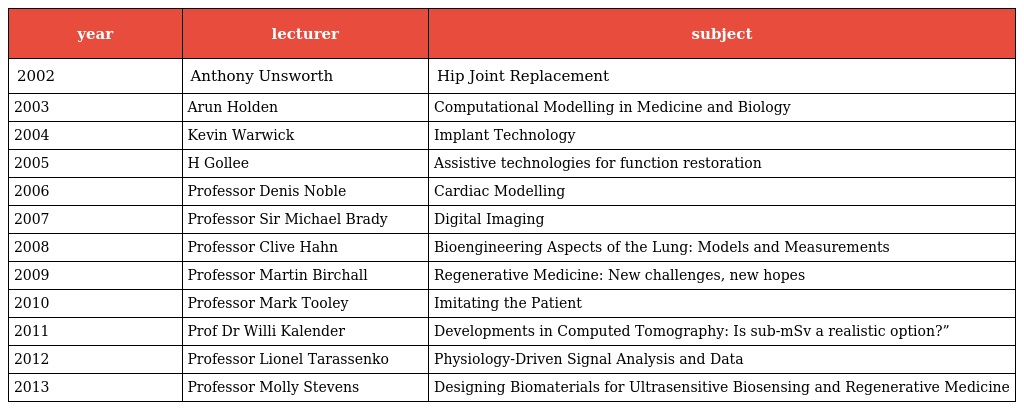
| year | lecturer | subject |
 | --- | --- | --- |
 | 2002 | Anthony Unsworth | Hip Joint Replacement |
 | 2003 | Arun Holden | Computational Modelling in Medicine and Biology |
 | 2004 | Kevin Warwick | Implant Technology |
 | 2005 | H Gollee | Assistive technologies for function restoration |
 | 2006 | Professor Denis Noble | Cardiac Modelling |
 | 2007 | Professor Sir Michael Brady | Digital Imaging |
 | 2008 | Professor Clive Hahn | Bioengineering Aspects of the Lung: Models and Measurements |
 | 2009 | Professor Martin Birchall | Regenerative Medicine: New challenges, new hopes |
 | 2010 | Professor Mark Tooley | Imitating the Patient |
 | 2011 | Prof Dr Willi Kalender | Developments in Computed Tomography: Is sub-mSv a realistic option?” |
 | 2012 | Professor Lionel Tarassenko | Physiology-Driven Signal Analysis and Data |
 | 2013 | Professor Molly Stevens | Designing Biomaterials for Ultrasensitive Biosensing and Regenerative Medicine |